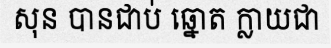
សុន បានជាប់ ឆ្នោត ក្លាយជា